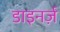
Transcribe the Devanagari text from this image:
डाइनर्ज़